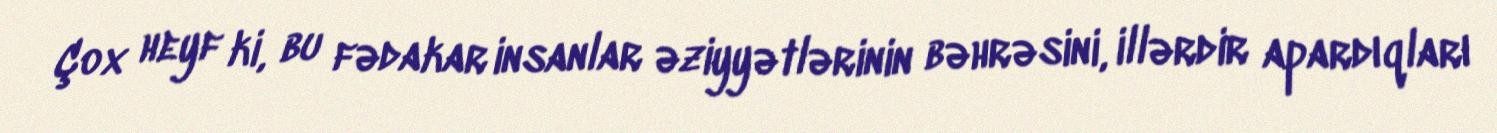
Çox heyf ki, bu fədakar insanlar əziyyətlərinin bəhrəsini, illərdir apardıqları